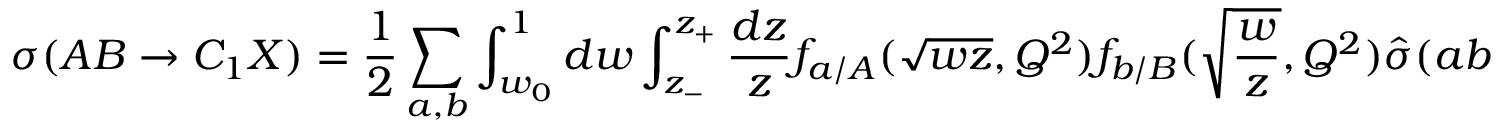
\sigma ( A B \rightarrow C _ { 1 } X ) = \frac { 1 } { 2 } \sum _ { a , b } \int _ { w _ { 0 } } ^ { 1 } d w \int _ { z _ { - } } ^ { z _ { + } } \frac { d z } { z } f _ { a / A } ( \sqrt { w z } , Q ^ { 2 } ) f _ { b / B } ( \sqrt { \frac { w } { z } } , Q ^ { 2 } ) \hat { \sigma } ( a b \rightarrow c _ { 1 } + \cdots )